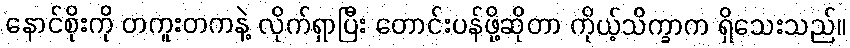
နောင်စိုးကို တကူးတကနဲ့ လိုက်ရှာပြီး တောင်းပန်ဖို့ဆိုတာ ကိုယ့်သိက္ခာက ရှိသေးသည်။